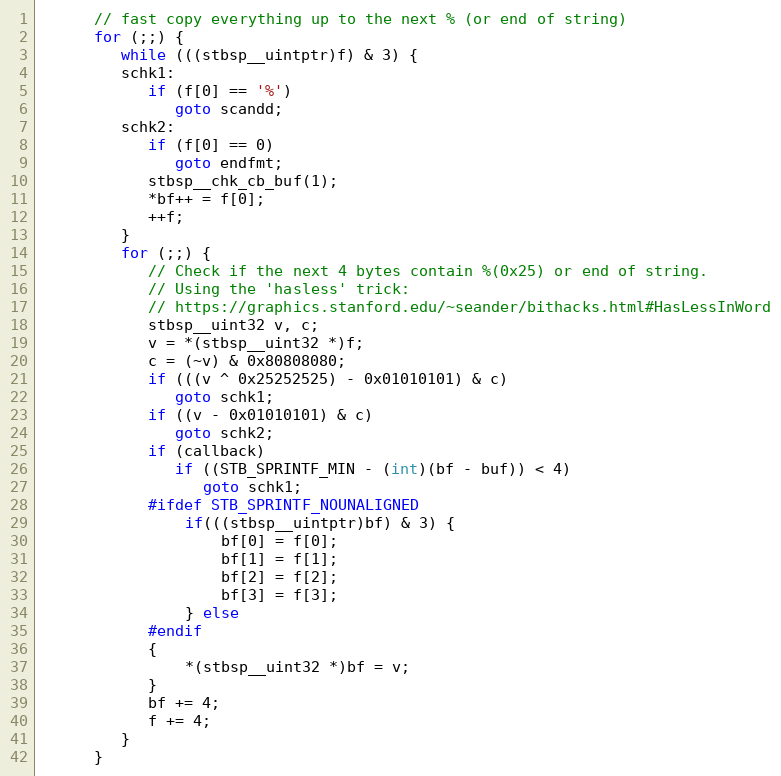
Language: C
      // fast copy everything up to the next % (or end of string)
      for (;;) {
         while (((stbsp__uintptr)f) & 3) {
         schk1:
            if (f[0] == '%')
               goto scandd;
         schk2:
            if (f[0] == 0)
               goto endfmt;
            stbsp__chk_cb_buf(1);
            *bf++ = f[0];
            ++f;
         }
         for (;;) {
            // Check if the next 4 bytes contain %(0x25) or end of string.
            // Using the 'hasless' trick:
            // https://graphics.stanford.edu/~seander/bithacks.html#HasLessInWord
            stbsp__uint32 v, c;
            v = *(stbsp__uint32 *)f;
            c = (~v) & 0x80808080;
            if (((v ^ 0x25252525) - 0x01010101) & c)
               goto schk1;
            if ((v - 0x01010101) & c)
               goto schk2;
            if (callback)
               if ((STB_SPRINTF_MIN - (int)(bf - buf)) < 4)
                  goto schk1;
            #ifdef STB_SPRINTF_NOUNALIGNED
                if(((stbsp__uintptr)bf) & 3) {
                    bf[0] = f[0];
                    bf[1] = f[1];
                    bf[2] = f[2];
                    bf[3] = f[3];
                } else
            #endif
            {
                *(stbsp__uint32 *)bf = v;
            }
            bf += 4;
            f += 4;
         }
      }